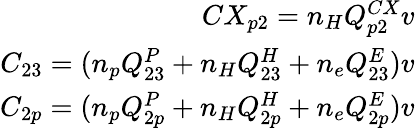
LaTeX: \begin{array}{r}{CX_{p2}=n_{H}Q_{p2}^{CX}v}\\ {C_{23}=(n_{p}Q_{23}^{P}+n_{H}Q_{23}^{H}+n_{e}Q_{23}^{E})v}\\ {C_{2p}=(n_{p}Q_{2p}^{P}+n_{H}Q_{2p}^{H}+n_{e}Q_{2p}^{E})v}\end{array}